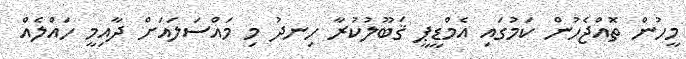
މީހުން ތޮއްޖެހުން ކަމުގައި އެމްޑީޕީ ޤަބޫލުކުރާ ހިނދު މި މައްސަލައަށް ދާއިމީ ހައްލެއް